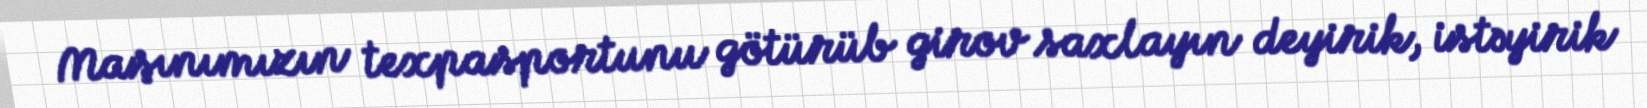
Maşınımızın texpasportunu götürüb girov saxlayın deyirik, istəyirik